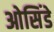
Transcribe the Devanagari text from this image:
ओसिंडे